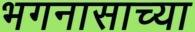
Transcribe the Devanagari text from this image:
भगनासाच्या